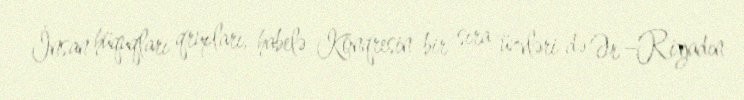
İnsan hüquqları qrupları, habelə Konqresin bir sıra üzvləri də Ər –Riyadın